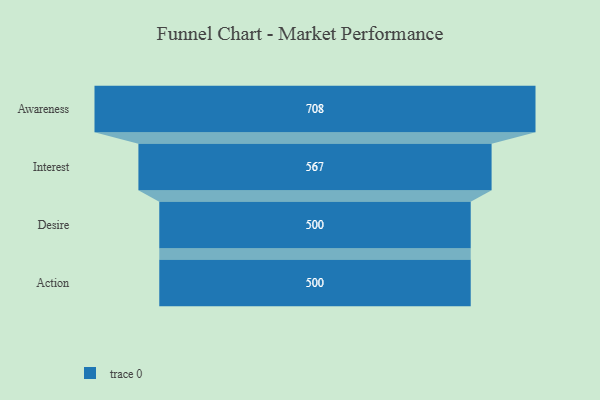
{"axis": {"x": "Stage", "y": "Value"}, "legend": [""], "data": [{"x": "Awareness", "y": 708.0, "type": ""}, {"x": "Interest", "y": 567.0, "type": ""}, {"x": "Desire", "y": 500, "type": ""}, {"x": "Action", "y": 500, "type": ""}]}